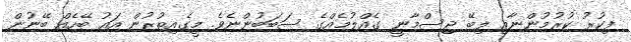
ފިކުރު ކުރުމުންނާއި ލިބޭ ޖިސްމާނީ ގެއްލުމެއްގެ ސަބަބުންނެވެ. މީގެއިތުރުން އައު ބޭހެއް ބޭނުން